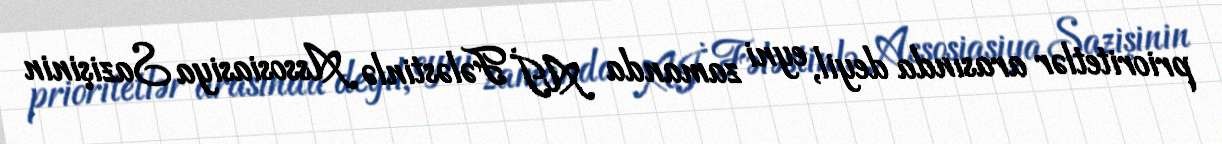
prioritetlər arasında deyil, eyni zamanda Aİ Fələstinlə Assosiasiya Sazişinin